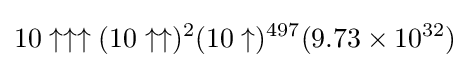
10\uparrow \uparrow \uparrow (10\uparrow \uparrow )^{2}(10\uparrow )^{497}(9.73\times 10^{32})